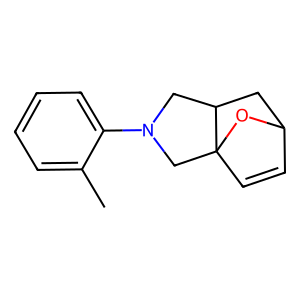
SMILES: Cc1ccccc1N1CC2CC3C=CC2(C1)O3
Inhibits HIV replication: No